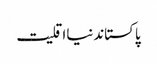
پاکستاندنیااقلیت